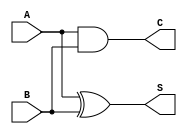
module current_mode_half_adder (
    input wire A,  // Current input A
    input wire B,  // Current input B
    output wire S, // Sum output (S = A XOR B)
    output wire C  // Carry output (C = A AND B)
);

// Intermediate wires for the logic
wire A_and_B; // AND result
wire A_xor_B; // XOR result

// Logic for Carry (C = A AND B)
assign A_and_B = A & B; // Carry output

// Logic for Sum (S = A XOR B)
assign A_xor_B = A ^ B; // Sum output

// Assign outputs
assign C = A_and_B; // Carry output
assign S = A_xor_B; // Sum output

endmodule